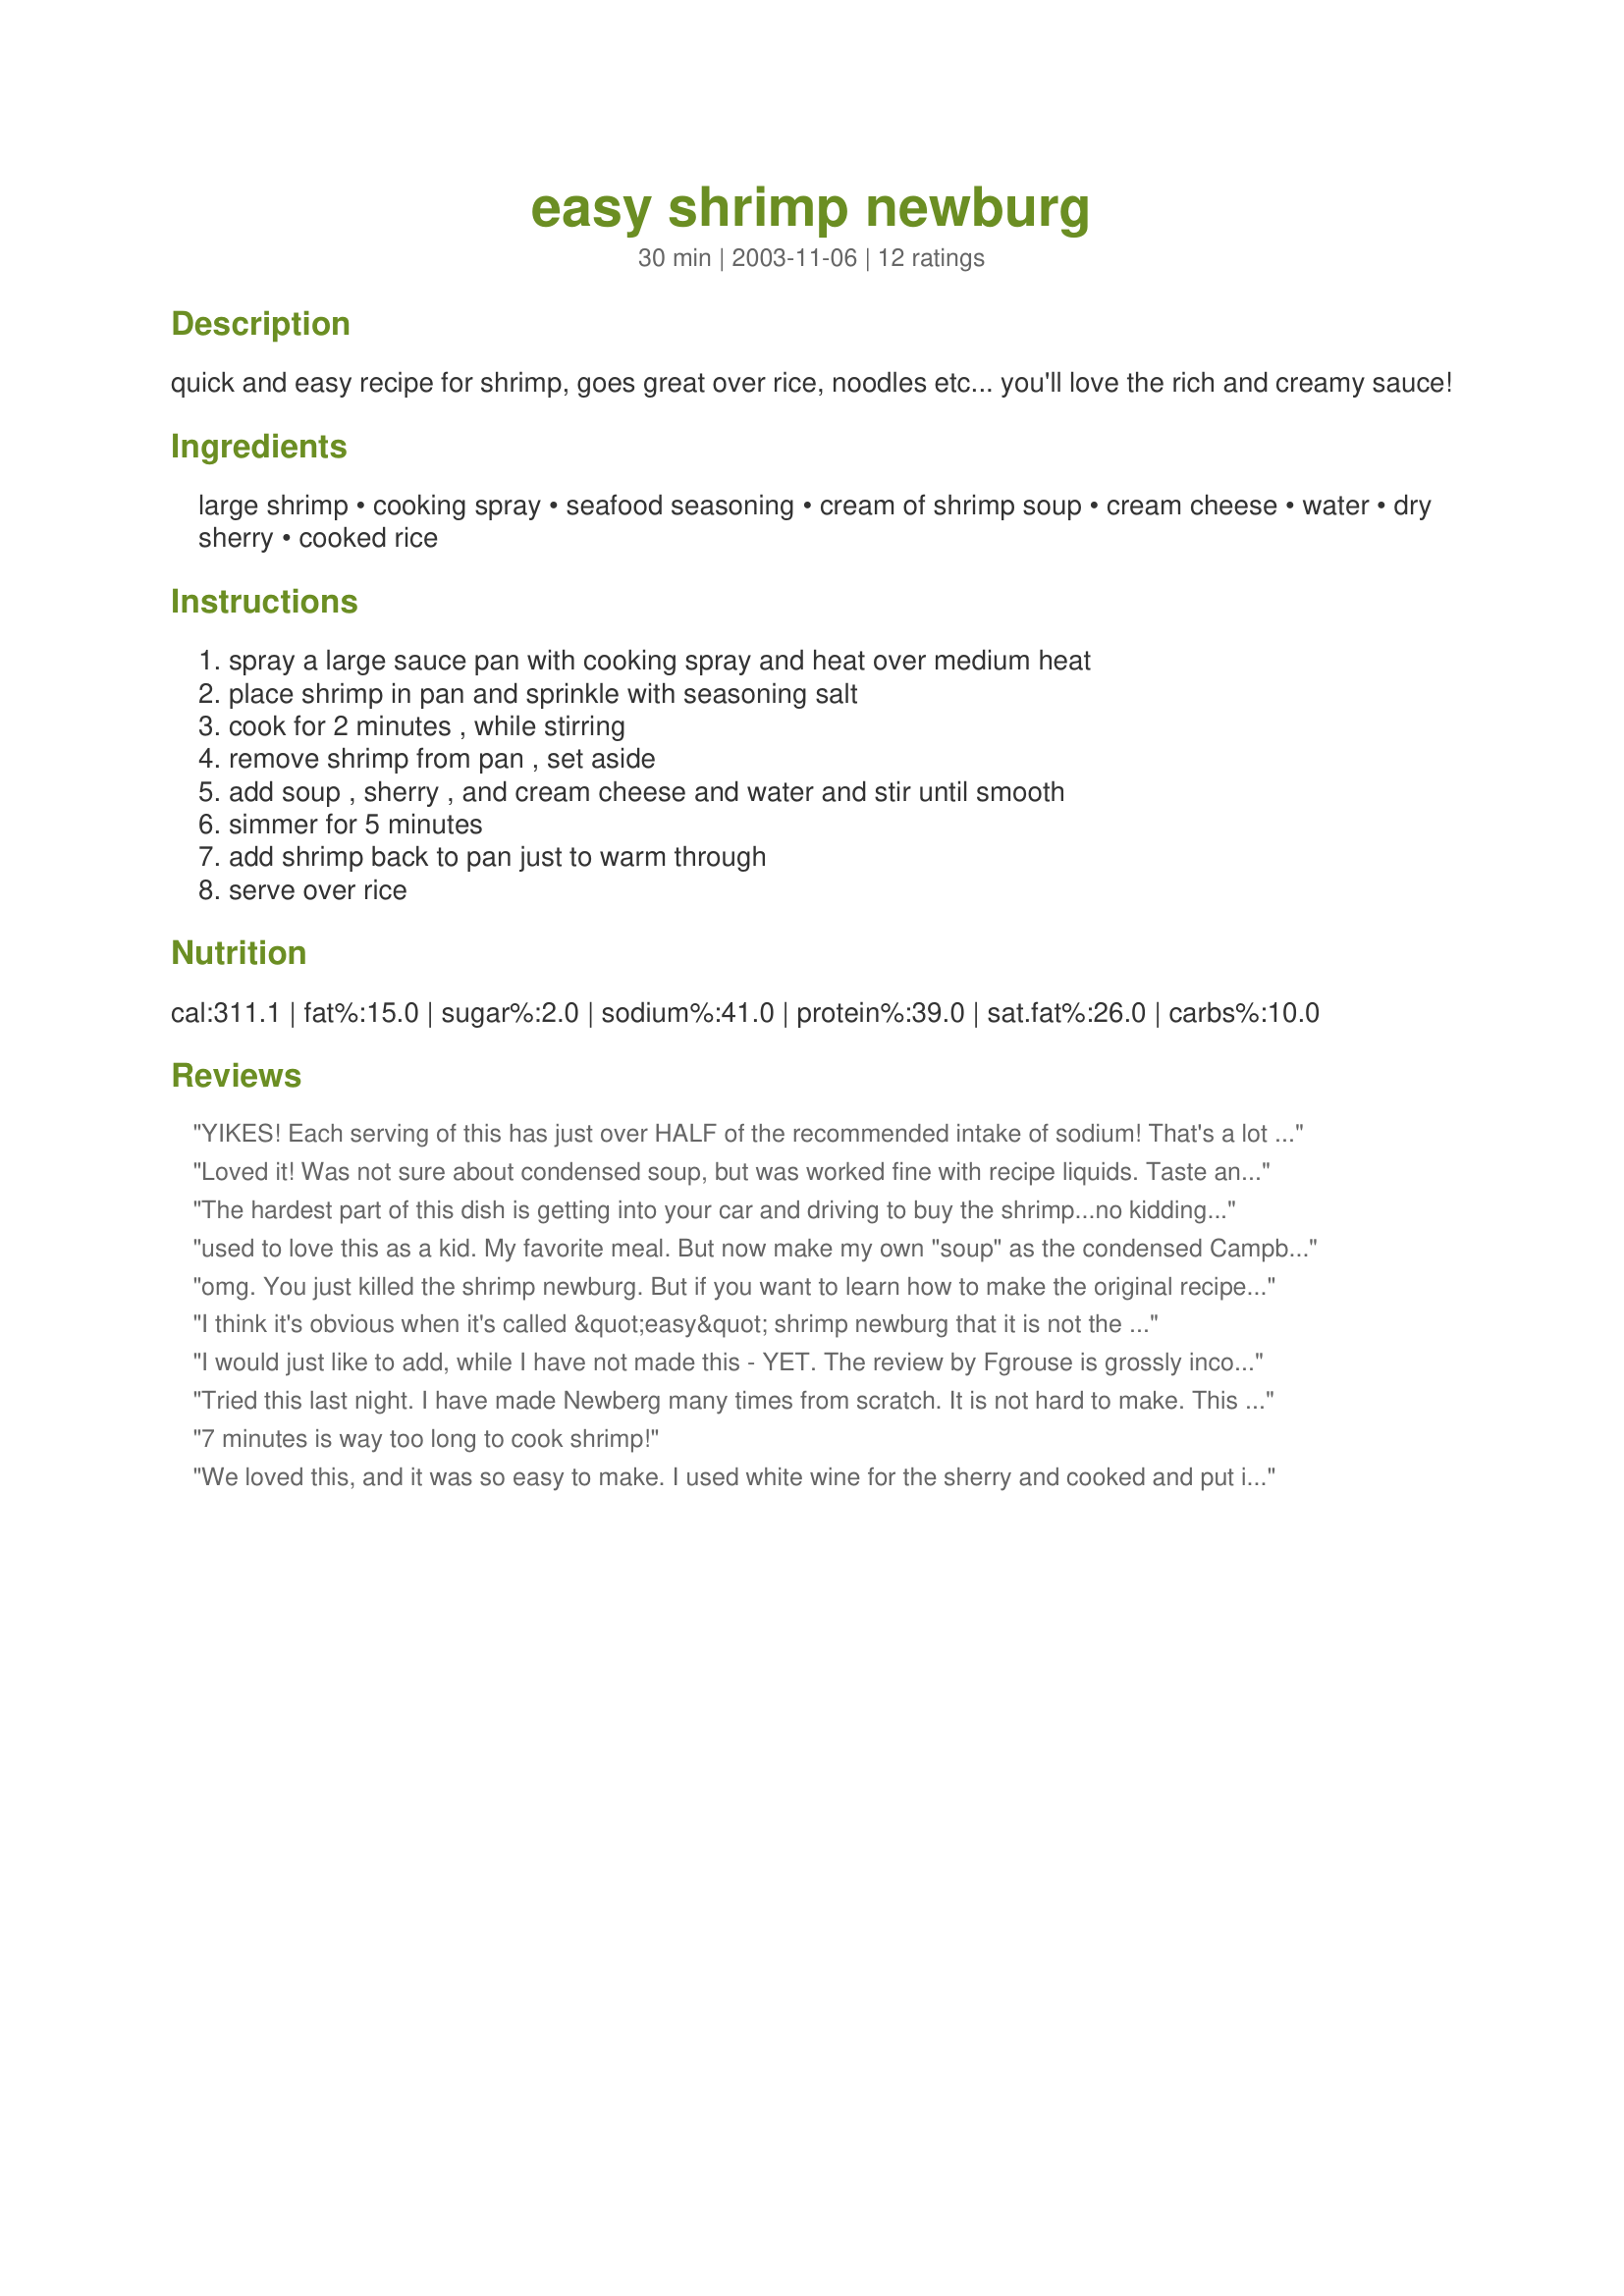
easy shrimp newburg
Preparation time: 30 minutes

quick and easy recipe for shrimp, goes great over rice, noodles etc... you'll love the rich and creamy sauce!

Ingredients:
large shrimp, cooking spray, seafood seasoning, cream of shrimp soup, cream cheese, water, dry sherry, cooked rice

Steps:
spray a large sauce pan with cooking spray and heat over medium heat, place shrimp in pan and sprinkle with seasoning salt, cook for 2 minutes , while stirring, remove shrimp from pan , set aside, add soup , sherry , and cream cheese and water and stir until smooth, simmer for 5 minutes, add shrimp back to pan just to warm through, serve over rice

Reviews:
YIKES! Each serving of this has just over HALF of the recommended intake of sodium! That's a lot for one meal. Also, this is listed as a one pot meal. Just wondering what the rice was cooked in...
Loved it! Was not sure about condensed soup, but was worked fine with recipe liquids. Taste and texture were great and prep time right on the money. Thank you. Next time it is lobster with lobster bisque!!!!
The hardest part of this dish is getting into your car and driving to buy the shrimp...no kidding. So ridiculously simple for such a fantastic outcome. The creamy sauce tinged with sherry hits it out of the ball park. Made for April's Event: Cooking with Spirits
used to love this as a kid. My favorite meal. But now make my own "soup" as the condensed Campbells version contains MSG. Hate those headaches!
omg. You just killed the shrimp newburg. But if you want to learn how to make the original recipe, let me know. I`m a restaurateur and I feel really sad when you Americans destroy the good recipes from the original recipes
I think it's obvious when it's called &quot;easy&quot; shrimp newburg that it is not the classic recipe, but some may love it because it's an easy weeknight dinner. The comment about &quot;you Americans&quot; killing the classics was just plain silly. We are actually responsible for a goodly number of those classics. If you can't see the difference between classic shrimp newburg and this recipe, you're just not paying attention. No necessity for disparaging the attempts of other people to try something new.
I would just like to add, while I have not made this - YET. The review by Fgrouse is grossly incorrect on stating that cooking the shrimp for 7 minutes is too long. Apparently, they did not read the recipe. The shrimp are NOT cooked for 7 minutes. READ before you post.
Tried this last night. I have made Newberg many times from scratch. It is not hard to make. This recipe is terrible. Thick, tasteless, and not worth wasting money on the shrimp. Would never make this again, as it does not even resemble Newberg.
7 minutes is way too long to cook shrimp!
We loved this, and it was so easy to make. I used white wine for the sherry and cooked and put in some gnocchi into it . Great fast fancy weeknight yummy dinner.
I would give this 10 stars if I could! I've never had shrimp newburg before, so I can't say if the "easy" in this recipe skips something in a "difficult shrimp newburg" but my goodness this was delicious! And easy! I didn't make rice to serve with this, but served with bread and BBQ potatoes (Recipe #32015).
This reipe realy is EASY, but very delicious...I added dried chives to the sauce and served over patty shells ....Plan to fix again, but this time for guests.
